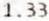
1.33